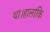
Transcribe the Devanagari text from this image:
था।हालांकि